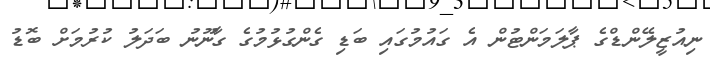
ނިއުޒީލޭންޑްގެ ޕާލަމަންޓުން އެ ގައުމުގައި ބަޑި ގެންގުޅުމުގެ ގާނޫނު ބަދަލު ކުރުމަށް ބޮޑު